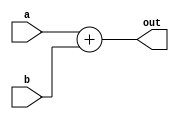
`timescale 1ns / 1ns
module adder (input [31:0] a, b, 
              output [31:0] out);
              
  assign out = a + b;
endmodule